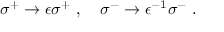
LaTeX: \sigma ^ { + } \to \epsilon \sigma ^ { + } \ , \quad \sigma ^ { - } \to \epsilon ^ { - 1 } \sigma ^ { - } \ .